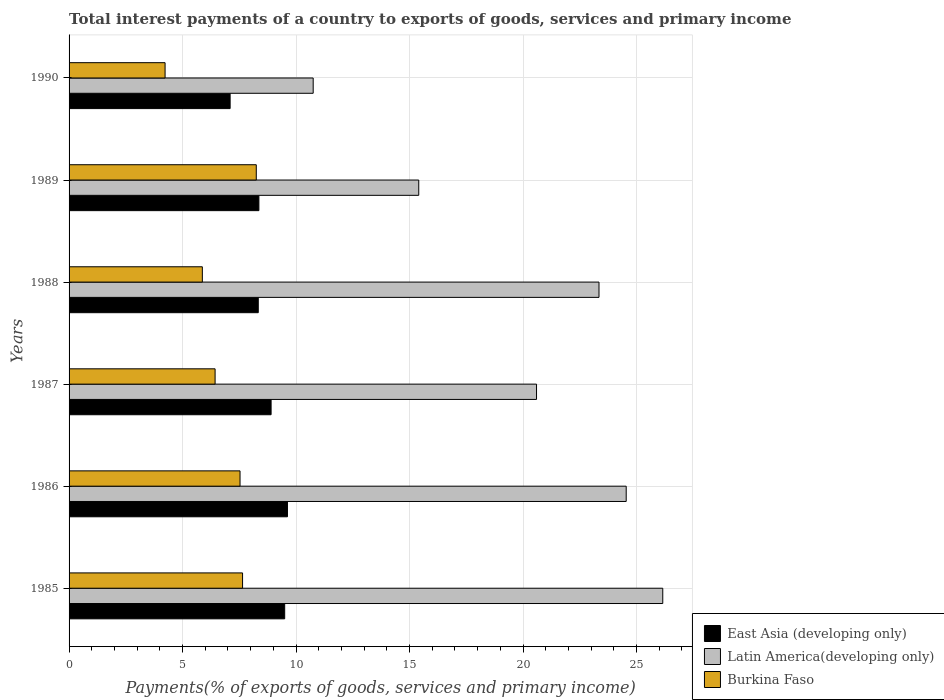
| Years | East Asia (developing only) | Latin America(developing only) | Burkina Faso |
 | --- | --- | --- | --- |
 | 1985 | 9.5 | 26.2 | 7.64 |
 | 1986 | 9.62 | 24.5 | 7.53 |
 | 1987 | 8.9 | 20.6 | 6.43 |
 | 1988 | 8.33 | 23.3 | 5.87 |
 | 1989 | 8.36 | 15.4 | 8.25 |
 | 1990 | 7.09 | 10.8 | 4.23 |